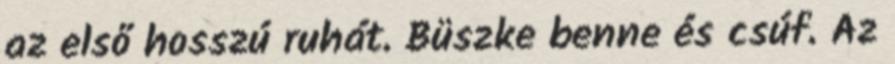
az első hosszú ruhát. Büszke benne és csúf. Az